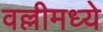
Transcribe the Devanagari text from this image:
वल्लीमध्ये